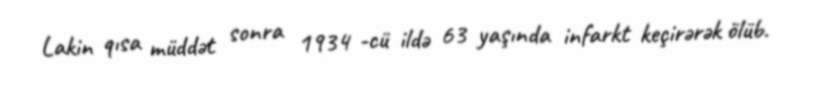
Lakin qısa müddət sonra 1934 -cü ildə 63 yaşında infarkt keçirərək ölüb.